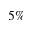
5 \%